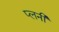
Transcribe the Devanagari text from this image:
प्लनी